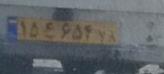
۱۵ع۶۵۴۷۸